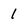
Character: 1